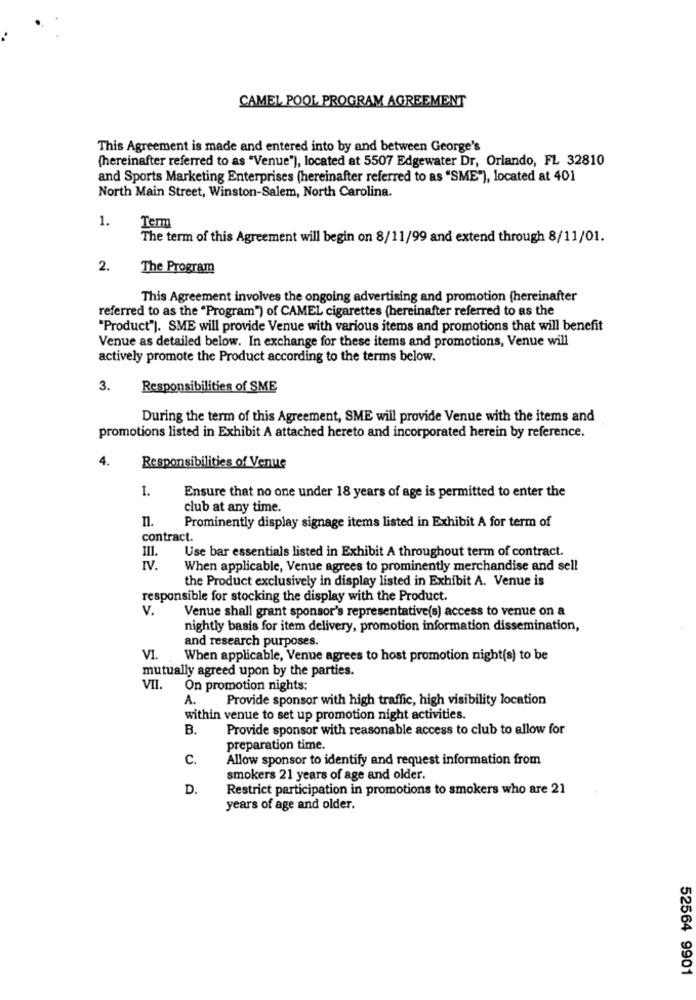
CAMEL POOL PROGRAM AGREEMENT
This Agreement is made and entered into by and between George's
(hereinafter referred to as "Venue"), located at 5507 Edgewater Dr, Orlando, FL 32810
and Sports Marketing Enterprises (hereinafter referred to as "SME"), located at 401
North Main Street, Winston-Salem, North Carolina.
1.
Term
The term of this Agreement will begin on 8/11/99 and extend through 8/11/01.
2.
The Program
This Agreement involves the ongoing advertising and promotion (hereinafter
referred to as the "Program") of CAMEL cigarettes (hereinafter referred to as the
"Product"). SME will provide Venue with various items and promotions that will benefit
Venue as detailed below. In exchange for these items and promotions, Venue will
actively promote the Product according to the terms below.
3.
Responsibilities of SME
During the term of this Agreement, SME will provide Venue with the items and
promotions listed in Exhibit A attached hereto and incorporated herein by reference.
4.
Responsibilities of Venue
I.
Ensure that no one under 18 years of age is permitted to enter the
club at any time.
n.
Prominently display signage items listed in Exhibit A for term of
contract.
Use bar essentials listed in Exhibit A throughout term of contract.
IV.
When applicable, Venue agrees to prominently merchandise and sell
the Product exclusively in display listed in Exhibit A. Venue is
responsible for stocking the display with the Product
V.
Venue shall grant sponsor's representative(s) access to venue on a
nightly basis for item delivery, promotion information dissemination,
and research purposes.
VI.
When applicable, Venue agrees to host promotion night(s) to be
mutually agreed upon by the parties.
VII.
On promotion nights:
A.
Provide sponsor with high traffic, high visibility location
within venue to set up promotion night activities.
B.
Provide sponsor with reasonable access to club to allow for
preparation time.
C.
Allow sponsor to identify and request information from
smokers 21 years of age and older.
D.
Restrict participation in promotions to smokers who are 21
years of age and older.
52564 9901